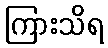
ကြားသိရ